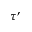
\tau ^ { \prime }